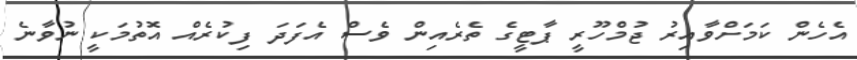
އެހެން ކަމަށްވާއިރު ޖުމްހޫރީ ޕާޓީގެ ތެރެއިން ވެސް އެފަދަ ފިކުރެއް އޮތުމަކީ ނުވާނެ